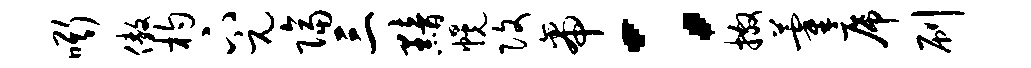
嘶傲杓下元隔三黯幌改帝：撒藿席刷